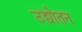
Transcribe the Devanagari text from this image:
उद्योतन